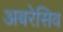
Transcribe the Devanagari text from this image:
अबरेसिव